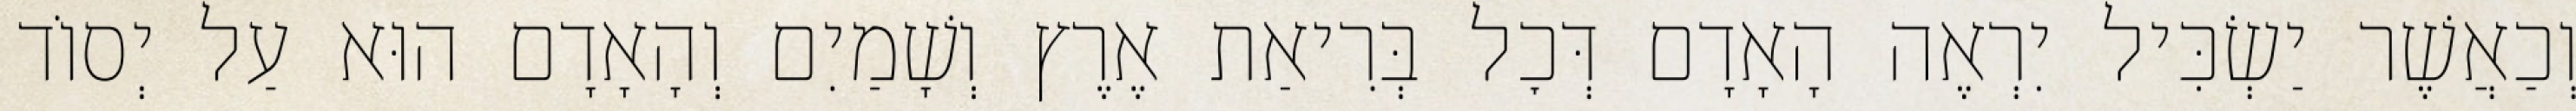
וְכַאֲשֶׁר יַשְׂכִּיל יִרְאֶה הָאָדָם דְּכׇל בְּרִיאַת אֶרֶץ וְשָׁמַיִם וְהָאָדָם הוּא עַל יְסוֹד